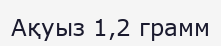
Ақуыз 1,2 грамм